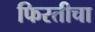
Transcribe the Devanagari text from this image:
फिरतीचा